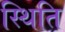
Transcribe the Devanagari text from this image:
स्थिति